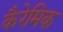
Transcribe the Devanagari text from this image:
कैरेमिक